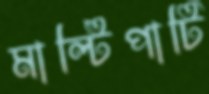
মাল্টিপার্টি